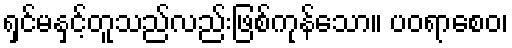
ရှင်မနှင့်တူသည်လည်းဖြစ်ကုန်သော။ ပဝရာစေဝ၊